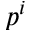
p ^ { i }